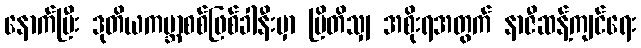
နောက်ပြီး ဒုတိယကမ္ဘာစစ်ဖြစ်ခါနီးမှာ ဗြိတိသျှ အစိုးရအတွက် နာဇီဆန့်ကျင်ရေး